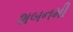
શબનમી